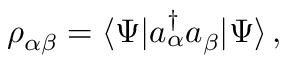
\rho _ { \alpha \beta } = \langle \Psi | a _ { \alpha } ^ { \dagger } a _ { \beta } | \Psi \rangle \, ,